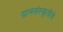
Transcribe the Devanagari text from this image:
ग्रामसंस्कृतीचे